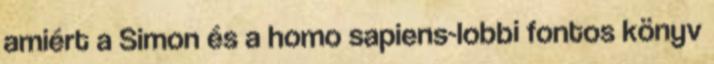
amiért a Simon és a homo sapiens-lobbi fontos könyv